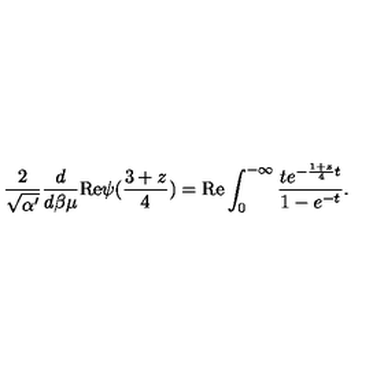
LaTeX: \frac { 2 } { \sqrt { \alpha ^ { \prime } } } \frac { d } { d \beta \mu } \mathrm { R e } \psi ( \frac { 3 + z } { 4 } ) = \mathrm { R e } \int _ { 0 } ^ { - \infty } \frac { t e ^ { - \frac { 1 + z } { 4 } t } } { 1 - e ^ { - t } } .